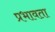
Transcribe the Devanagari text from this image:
प्रभावता